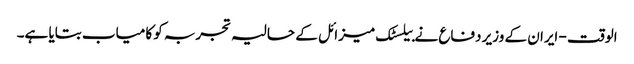
الوقت - ایران کے وزیر دفاع نے بیلسٹک میزائل کے حالیہ تجربہ کو کامیاب بتایا ہے۔